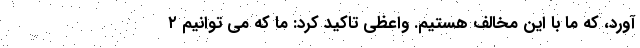
آورد، که ما با این مخالف هستیم. واعظی تاکید کرد: ما که می توانیم ۲